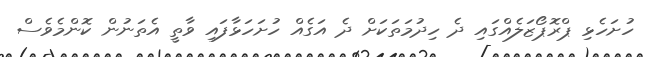
ހުށަހެޅި ޕްރޮޕޯޒަލެއްގައި ދެ ހިދުމަތަކަށް ދެ އަގެއް ހުށަހަޅާފައި ވާތީ އެތަނުން ކޮންމެވެސް